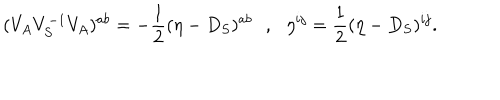
( V _ { A } V _ { S } ^ { - 1 } V _ { A } ) ^ { a b } = - { \frac { 1 } { 2 } } ( \eta - D _ { S } ) ^ { a b } \, \, \, \, , \, \, \, \, \eta ^ { i j } = { \frac { 1 } { 2 } } ( \eta - D _ { S } ) ^ { i j } .